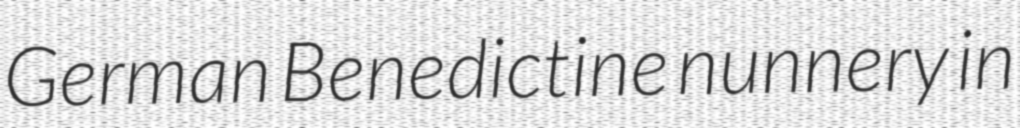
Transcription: German Benedictine nunnery in